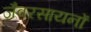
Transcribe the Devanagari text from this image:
जैवरसायनों